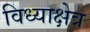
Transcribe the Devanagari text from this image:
विध्याक्षेत्र